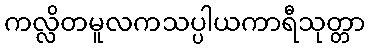
ကလ္လိတမူလကသပ္ပါယကာရီသုတ္တာ